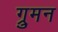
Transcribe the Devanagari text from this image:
ग्रुमन